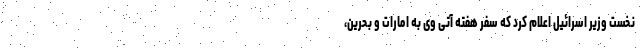
نخست وزیر اسرائیل اعلام کرد که سفر هفته آتی وی به امارات و بحرین،